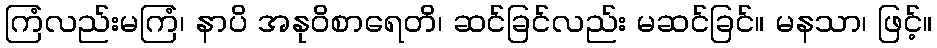
ကြံလည်းမကြံ၊ နာပိ အနုဝိစာရေတိ၊ ဆင်ခြင်လည်း မဆင်ခြင်။ မနသာ၊ ဖြင့်။